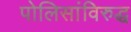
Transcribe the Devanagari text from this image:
पोलिसांविरुद्ध